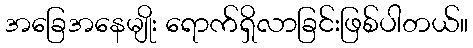
အခြေအနေမျိုး ရောက်ရှိလာခြင်းဖြစ်ပါတယ်။